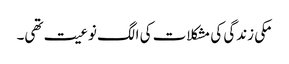
مکی زندگی کی مشکلات کی الگ نوعیت تھی۔